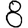
Digit: 8